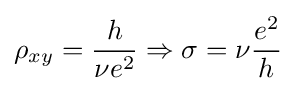
\rho _{xy}={\frac {h}{\nu e^{2}}}\Rightarrow \sigma =\nu {\frac {e^{2}}{h}}